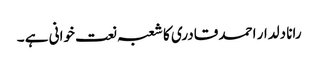
رانا دلدار احمد قادری کا شعبہ نعت خوانی ہے ۔